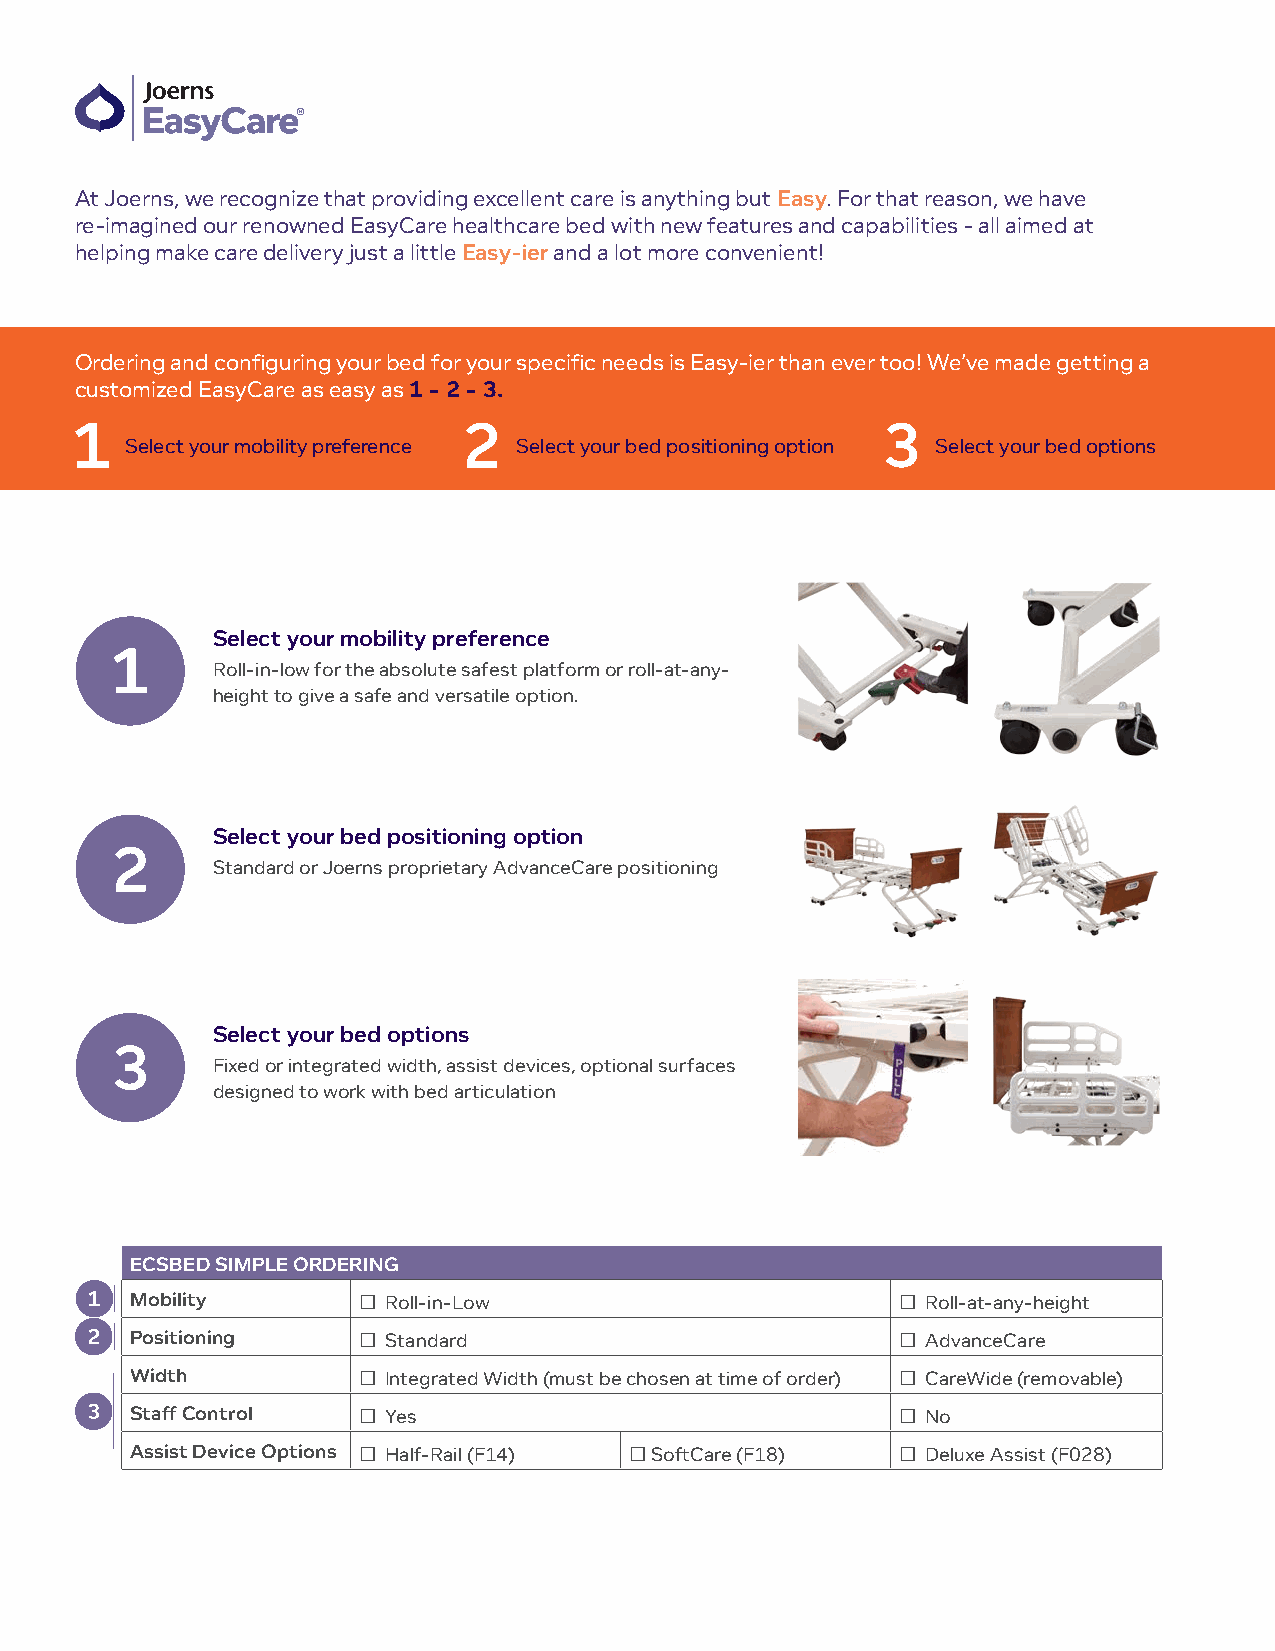
At Joerns, we recognize that providing excellent care is anything but Easy. For that reason, we have
 re-imagined our renowned EasyCare healthcare bed with new features and capabilities - all aimed at
 helping make care delivery just a little Easy-ier and a lot more convenient!
 Ordering and configuring your bed for your specific needs is Easy-ier than ever too! We’ve made getting a
 customized EasyCare as easy as 1 - 2 - 3.
 Select your mobility preference Select your bed positioning option Select your bed options
 Select your mobility preference
 Roll-in-low for the absolute safest platform or roll-at-any-
 height to give a safe and versatile option.
 Select your bed positioning option
 Standard or Joerns proprietary AdvanceCare positioning
 Select your bed options
 Fixed or integrated width, assist devices, optional surfaces
 designed to work with bed articulation
 ECSBED SIMPLE ORDERING
 Mobility       □ Roll-in-Low                       □ Roll-at-any-height
 Positioning    □ Standard                          □ AdvanceCare
 Width          □ Integrated Width (must be chosen at time of order) □ CareWide (removable)
 Staff Control  □ Yes                               □ No
 Assist Device Options □ Half-Rail (F14) □ SoftCare (F18) □ Deluxe Assist (F028)